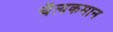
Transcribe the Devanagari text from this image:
चैत्यकमान